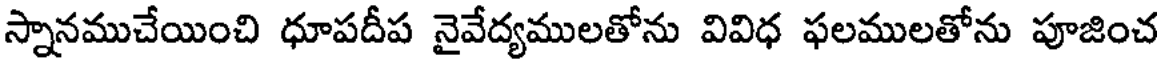
స్నానముచేయించి ధూపదీప నైవేద్యములతోను వివిధ ఫలములతోను పూజించ